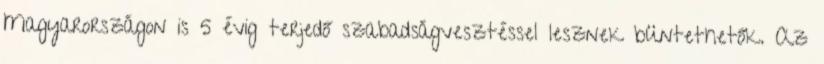
Magyarországon is 5 évig terjedő szabadságvesztéssel lesznek büntethetők. Az